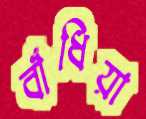
বাঁধিয়া